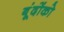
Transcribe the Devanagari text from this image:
बूंदोंको